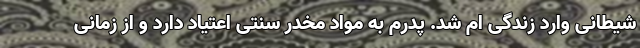
شیطانی وارد زندگی ام شد. پدرم به مواد مخدر سنتی اعتیاد دارد و از زمانی